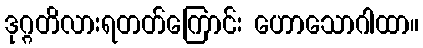
ဒုဂ္ဂတိလားရတတ်ကြောင်း ဟောသောဂါထာ။